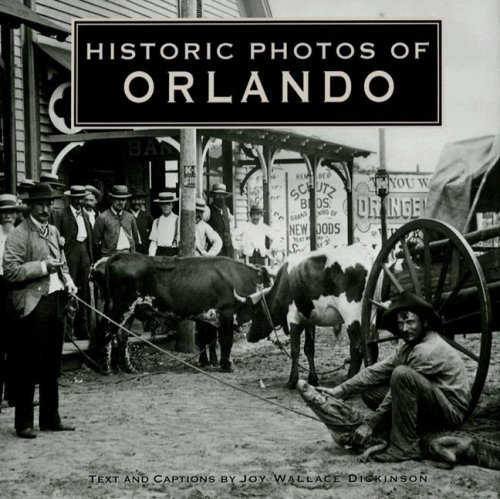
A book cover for Historic Photos of Orlando; Joy Wallace Dickinson; Travel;